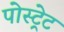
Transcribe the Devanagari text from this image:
पोस्ट्रेट